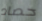
حصاد